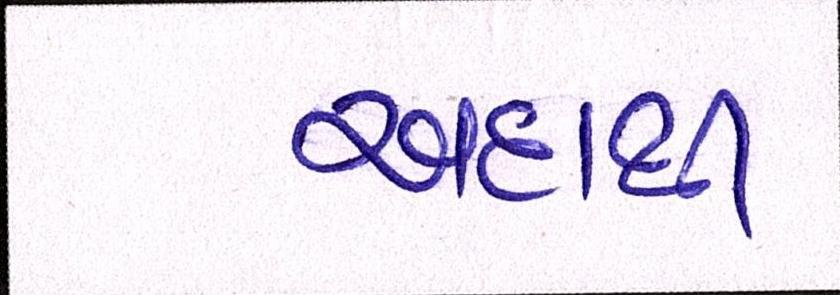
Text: અદાથી